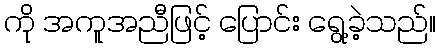
ကို အကူအညီဖြင့် ပြောင်း ရွေ့ခဲ့သည်။